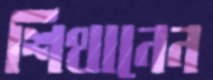
শিথানেন